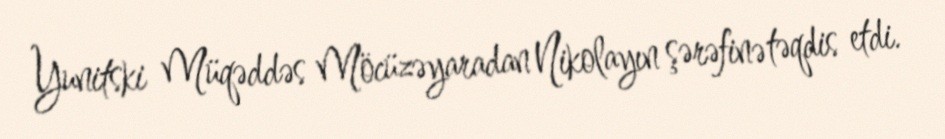
Yunitski Müqəddəs Möcüzəyaradan Nikolayın şərəfinə təqdis etdi.